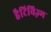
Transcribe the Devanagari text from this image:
हैटिविज़्म